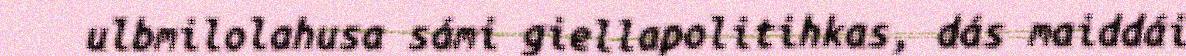
ulbmilolahusa sámi giellapolitihkas, dás maiddái